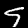
Digit: 9